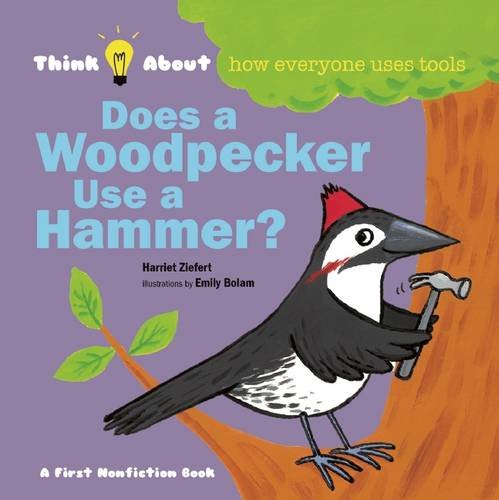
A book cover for Does a Woodpecker Use a Hammer? (Think About...); Harriet Ziefert; Children's Books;